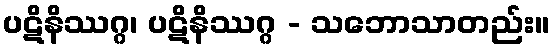
ပဋိနိဿဂ္ဂ၊ ပဋိနိဿဂ္ဂ - သဘောသာတည်း။